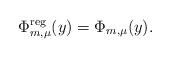
LaTeX: \begin{align*} \Phi^{\mathrm{reg}} _{ m,\mu } (y) = \Phi _{ m,\mu } (y).\end{align*}